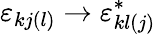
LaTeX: \varepsilon_{kj(l)}\to\varepsilon_{kl(j)}^{*}